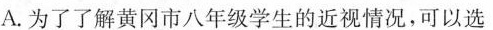
A.为了了解黄冈市八年级学生的近视情况，可以选